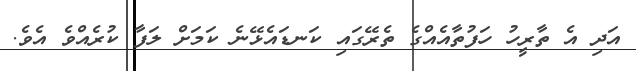
އަދި އެ ތާރީހު ހަފުތާއެއްގެ ތެރޭގައި ކަނޑައެޅޭނެ ކަމަށް ލަފާ ކުރެއްވެ އެވެ.